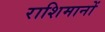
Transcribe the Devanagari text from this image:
राशिमानों